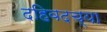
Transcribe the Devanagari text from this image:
दहिवदच्या